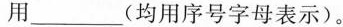
用___(均用序号字母表示)。